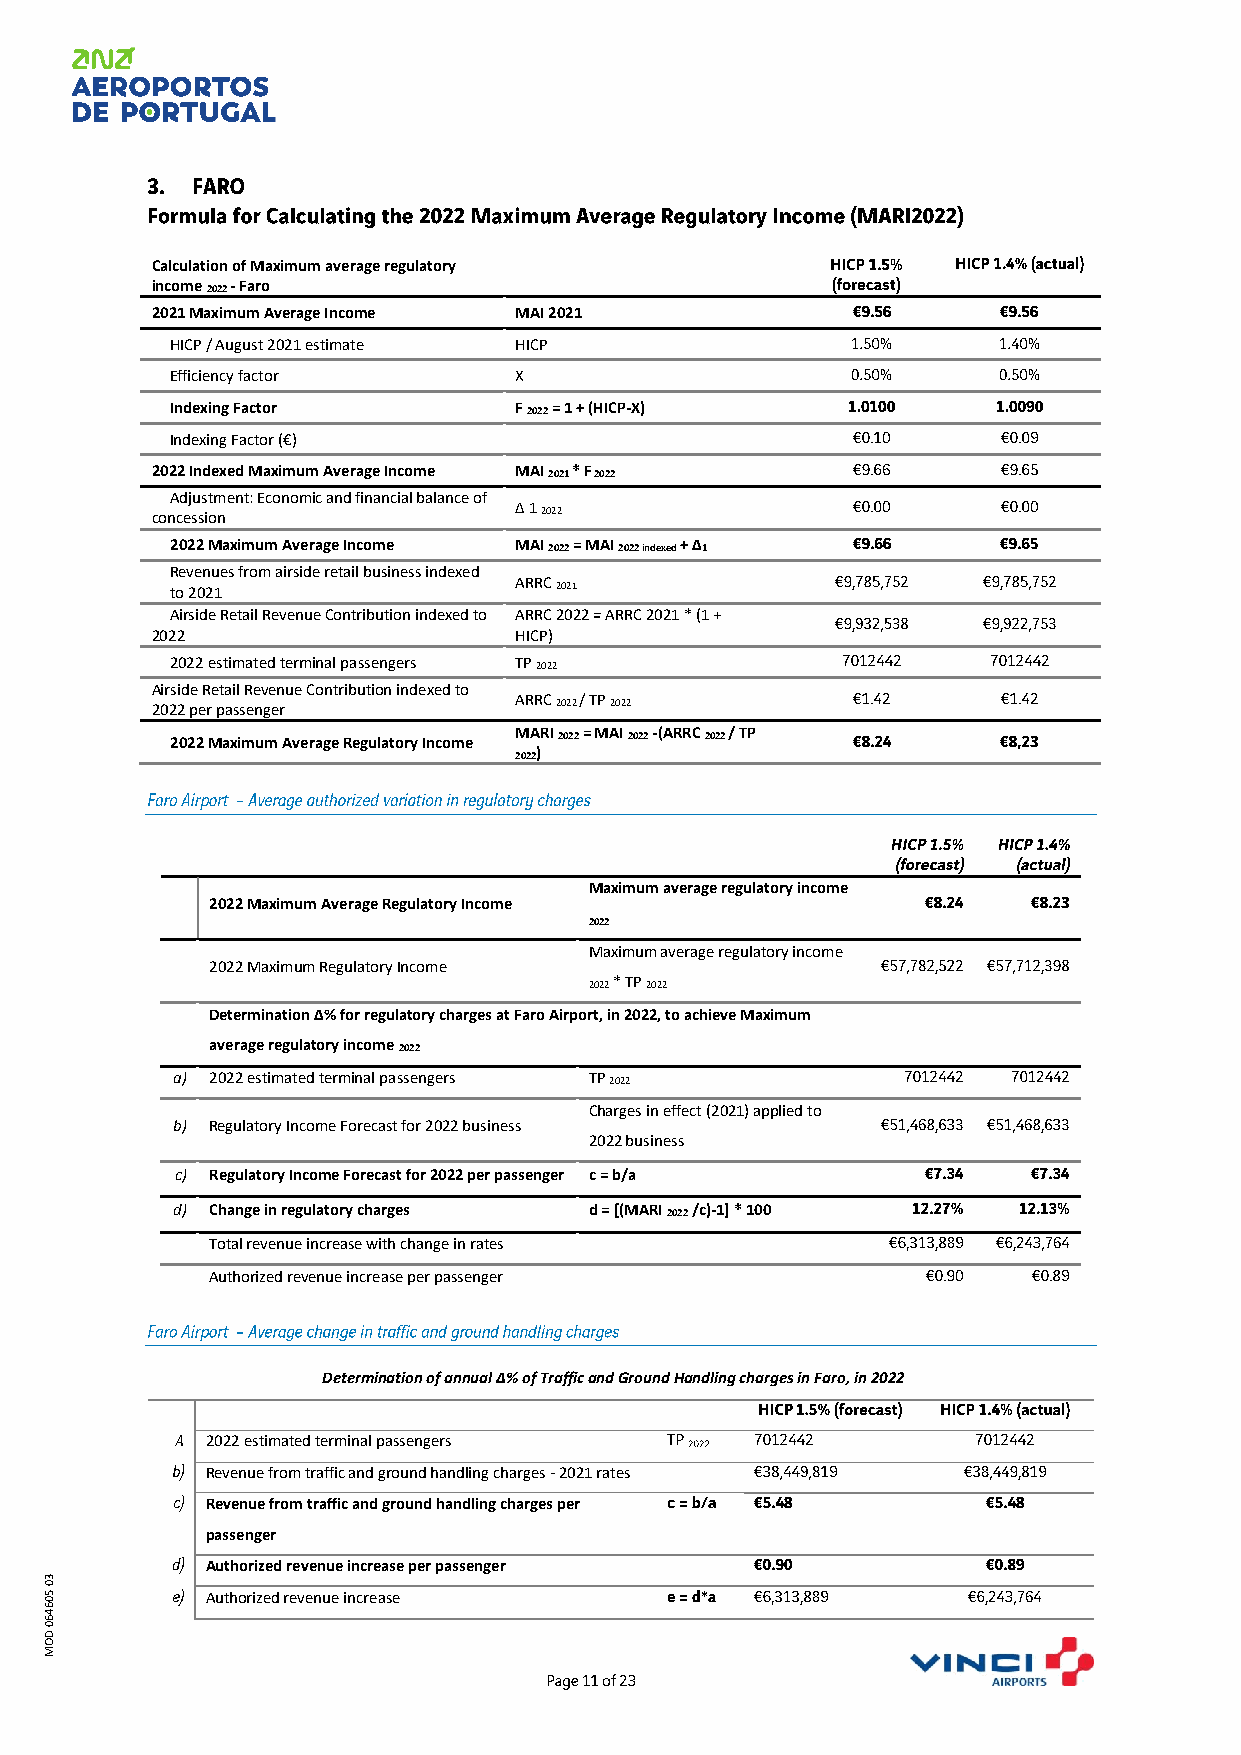
Calculation of Maximum average regulatory
 income 2022 - Faro
 2021 Maximum Average Income MAI 2021
 HICP / August 2021 estimate HICP
 Efficiency factor      X
 Indexing Factor        F 2022 = 1 + (HICP-X)
 Indexing Factor (€)
 2022 Indexed Maximum Average Income MAI 2021 * F 2022
 Adjustment: Economic and financial balance of
 concession              Δ 1 2022
 2022 Maximum Average Income MAI 2022 = MAI 2022 indexed + Δ1
 Revenues from airside retail business indexed
 to 2021                ARRC 2021
 Airside Retail Revenue Contribution indexed to ARRC 2022 = ARRC 2021 * (1 +
 2022                    HICP)
 2022 estimated terminal passengers TP 2022
 Airside Retail Revenue Contribution indexed to
 2022 per passenger      ARRC 2022 / TP 2022
 2022 Maximum Average Regulatory Income MARI 2022 = MAI 2022 -(ARRC 2022 / TP
 2022)
 Maximum average regulatory income
 2022 Maximum Average Regulatory Income
 2022
 Maximum average regulatory income
 2022 Maximum Regulatory Income
 2022 * TP 2022
 Determination Δ% for regulatory charges at Faro Airport, in 2022, to achieve Maximum
 average regulatory income 2022
 a) 2022 estimated terminal passengers TP 2022
 Charges in effect (2021) applied to
 b) Regulatory Income Forecast for 2022 business
 2022 business
 c) Regulatory Income Forecast for 2022 per passenger c = b/a
 d) Change in regulatory charges d = [(MARI 2022 /c)-1] * 100
 Total revenue increase with change in rates
 Authorized revenue increase per passenger
 Determination of annual Δ% of Traffic and Ground Handling charges in Faro, in 2022
 2022 estimated terminal passengers
 Revenue from traffic and ground handling charges - 2021 rates
 Revenue from traffic and ground handling charges per
 passenger
 Authorized revenue increase per passenger
 30
 50         Authorized revenue increase
 6460
 D
 O
 M